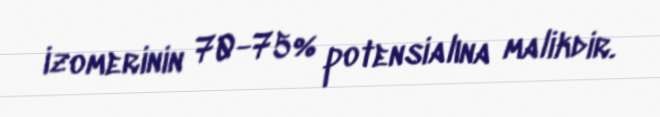
izomerinin 70-75% potensialına malikdir.